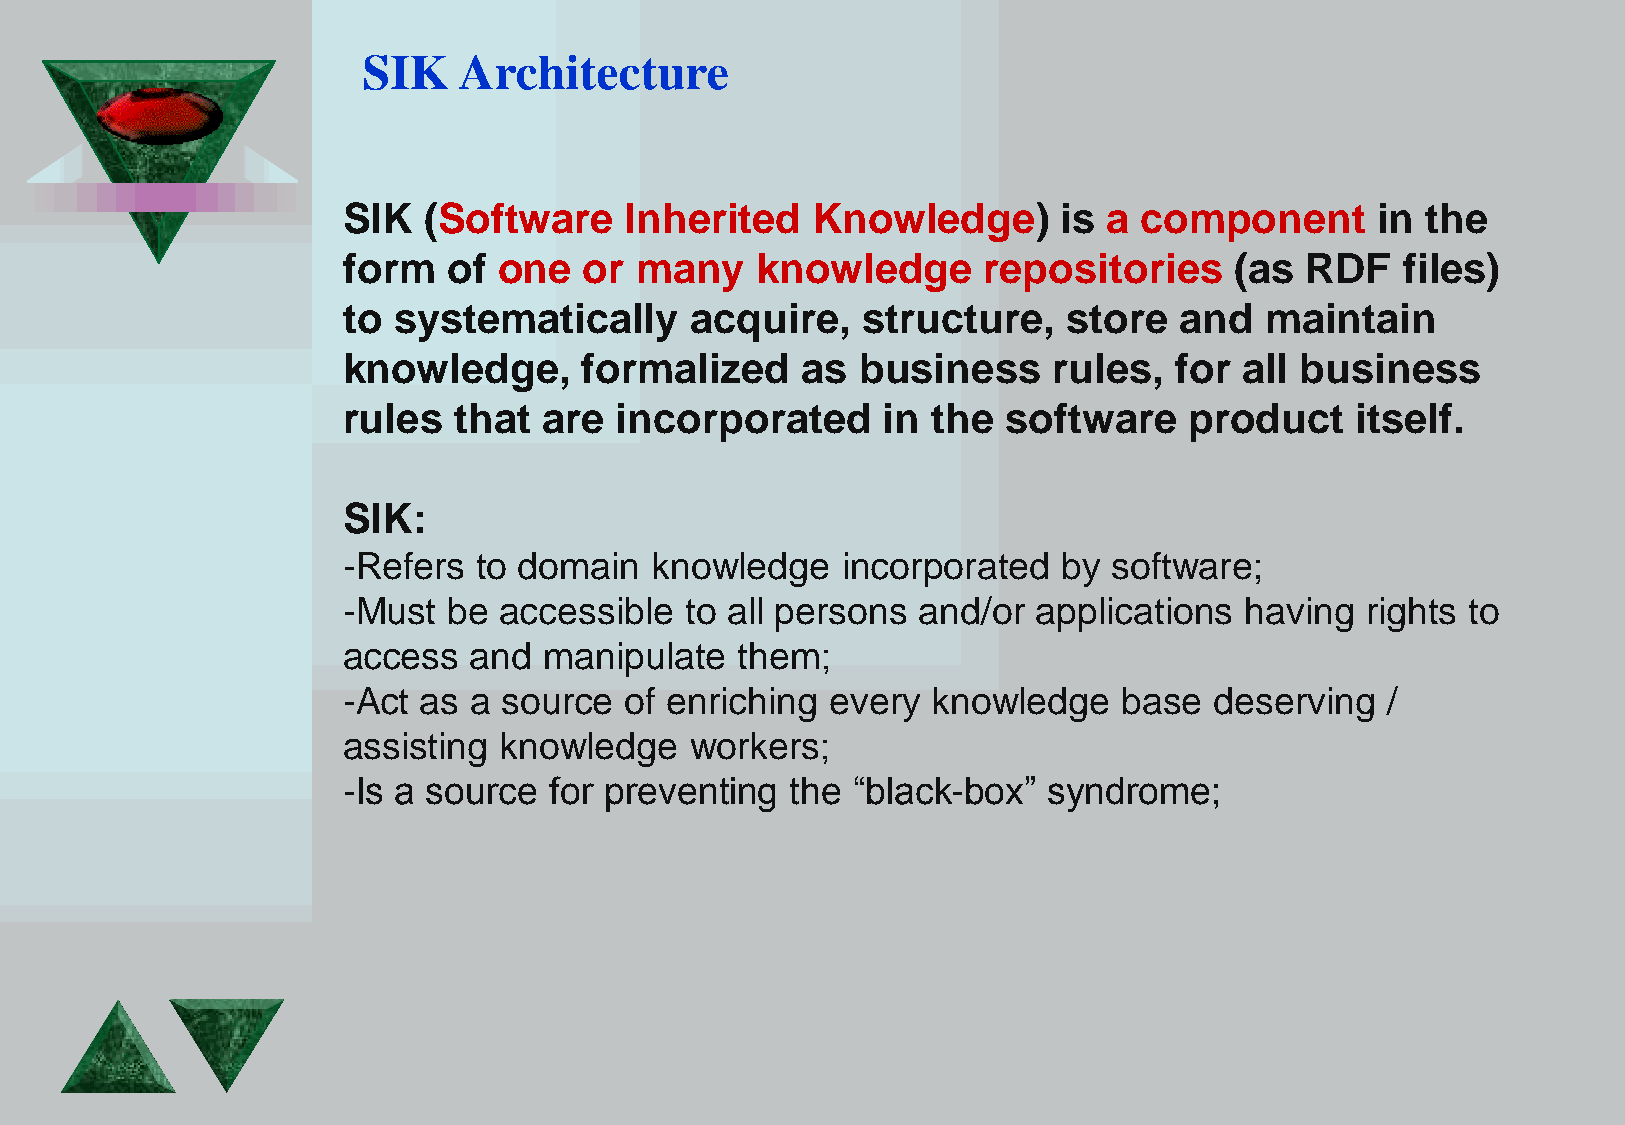
SIK   Architecture
 SIK  (Software    Inherited    Knowledge)      is a  component      in the
 form   of one   or many    knowledge      repositories     (as RDF    files)
 to systematically      acquire,   structure,    store  and   maintain
 knowledge,      formalized    as  business     rules,  for all business
 rules  that  are  incorporated     in  the  software    product    itself.
 SIK:
 -Refers  to domain  knowledge    incorporated  by  software;
 -Must  be accessible  to all persons  and/or  applications having  rights to
 access  and  manipulate   them;
 -Act as a source  of enriching  every  knowledge   base  deserving   /
 assisting knowledge    workers;
 -Is a source for preventing  the “black-box”  syndrome;